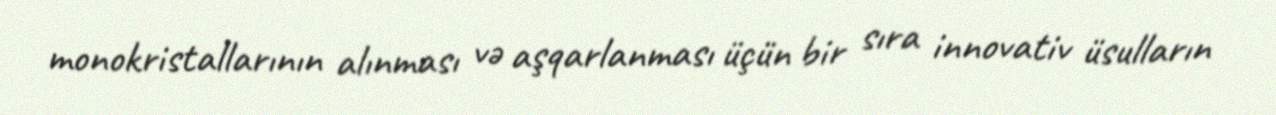
monokristallarının alınması və aşqarlanması üçün bir sıra innovativ üsulların